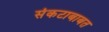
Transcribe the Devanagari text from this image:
संकटाबाबत